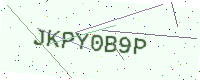
Text: JKPY0B9P